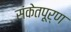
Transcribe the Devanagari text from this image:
संकेतपूर्ण